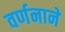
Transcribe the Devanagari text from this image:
वर्णनाने